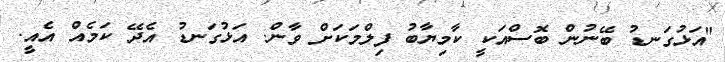
"އަޅުގަނޑު ބޭނުން ބޮސްއަކީ ކާމިޔާބު ފިލްމަކަށް ވާން. އަޅުގަނޑު އެދޭ ކަމެއް އެއީ.